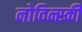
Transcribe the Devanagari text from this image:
नोविन्स्की